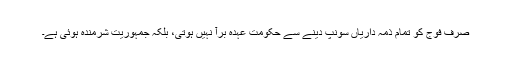
صرف فوج کو تمام ذمہ داریاں سونپ دینے سے حکومت عہدہ برآ نہیں ہوتی، بلکہ جمہوریت شرمندہ ہوئی ہے۔